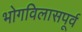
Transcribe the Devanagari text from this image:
भोगविलासपूर्व